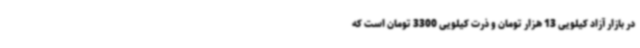
در بازار آزاد کیلویی 13 هزار تومان و ذرت کیلویی 3300 تومان است که